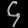
Digit: ၄